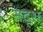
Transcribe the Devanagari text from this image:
सदृश